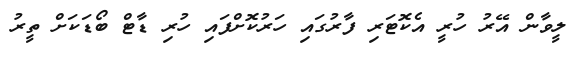
ލީވާން އޭރު ހުރީ އެކޮޓަރި ފާރުގައި ހަރުކޮށްފައި ހުރި ޑާޓް ބޯޑަކަށް ތީރު